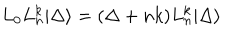
L _ { 0 } L _ { n } ^ { k } | \Delta \rangle = ( \Delta + n k ) L _ { n } ^ { k } | \Delta \rangle